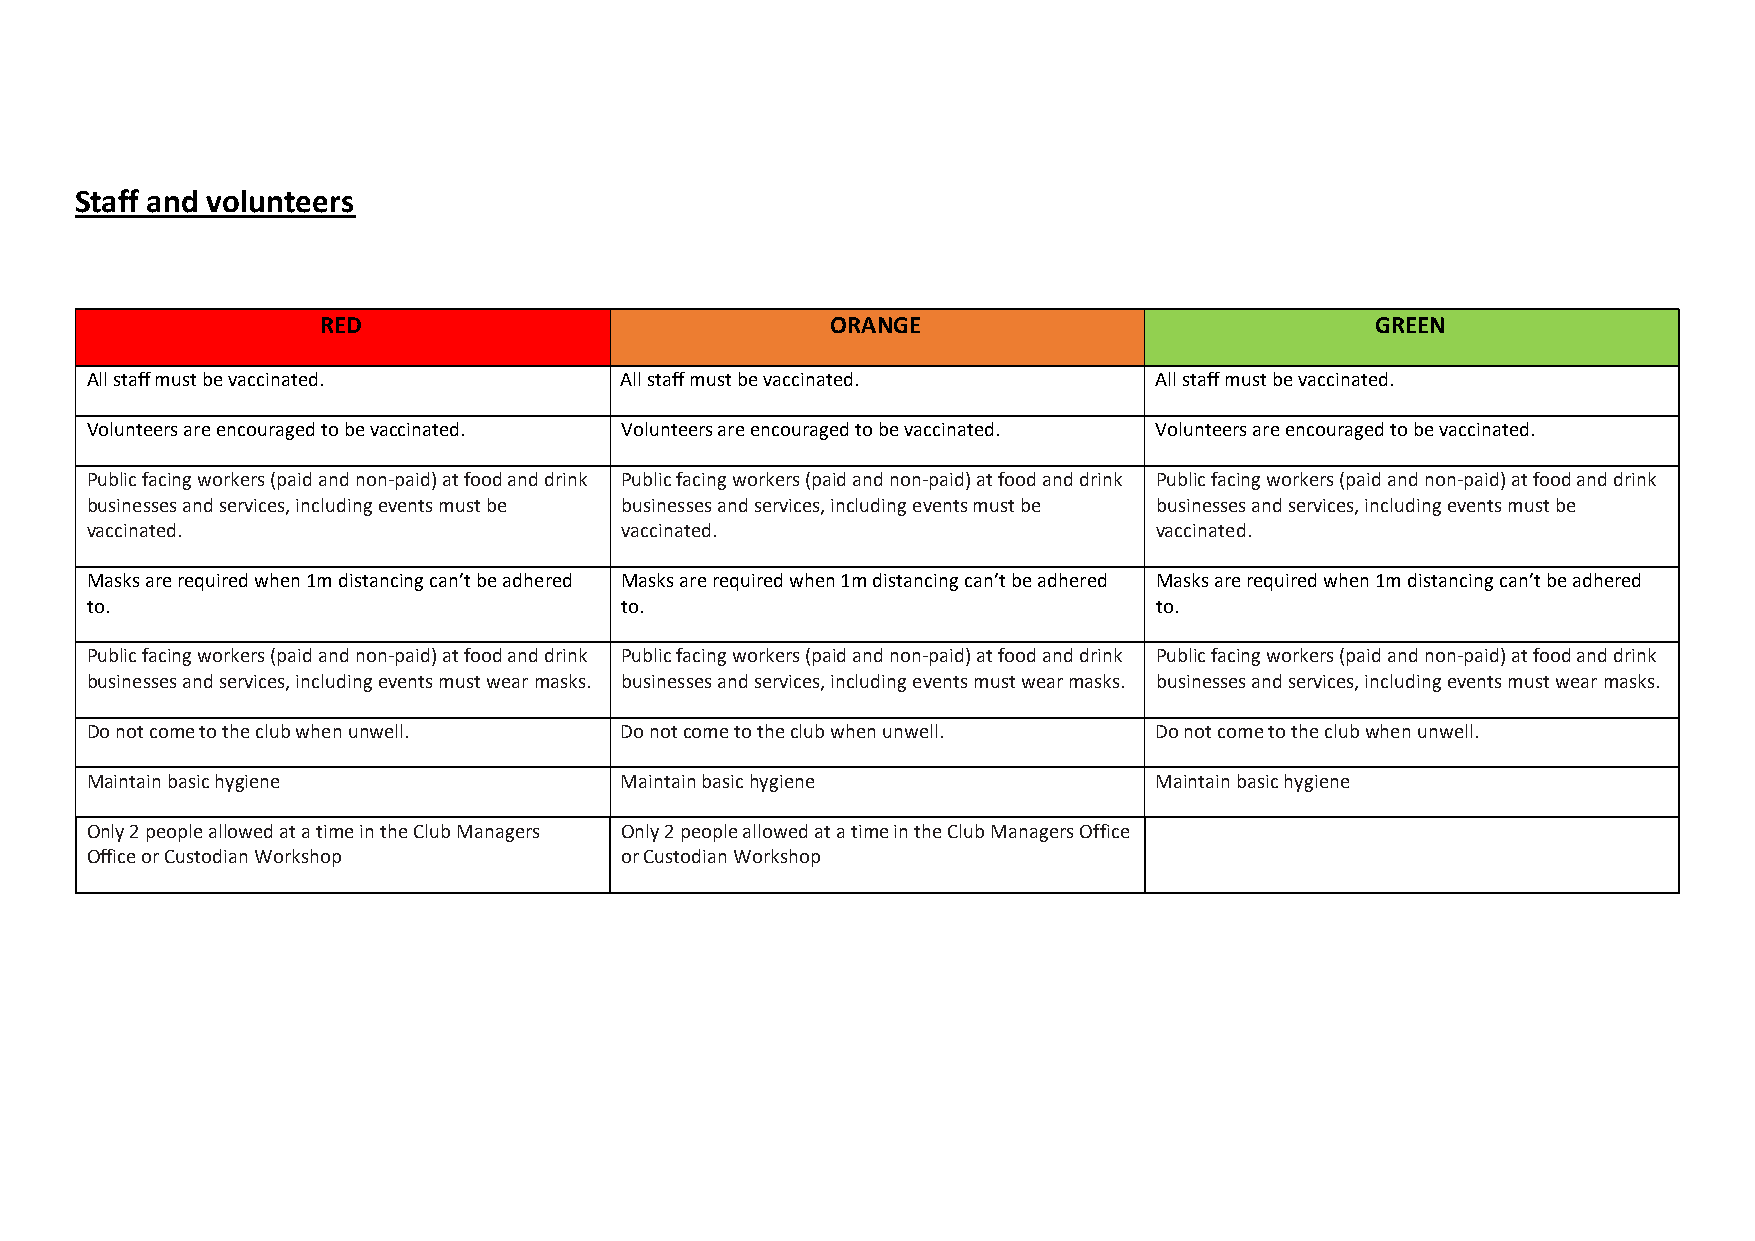
Staff and volunteers
 RED                               ORANGE                              GREEN
 All staff must be vaccinated.      All staff must be vaccinated.      All staff must be vaccinated.
 Volunteers are encouraged to be vaccinated. Volunteers are encouraged to be vaccinated. Volunteers are encouraged to be vaccinated.
 Public facing workers (paid and non-paid) at food and drink Public facing workers (paid and non-paid) at food and drink Public facing workers (paid and non-paid) at food and drink
 businesses and services, including events must be businesses and services, including events must be businesses and services, including events must be
 vaccinated.                        vaccinated.                        vaccinated.
 Masks are required when 1m distancing can’t be adhered Masks are required when 1m distancing can’t be adhered Masks are required when 1m distancing can’t be adhered
 to.                                to.                                to.
 Public facing workers (paid and non-paid) at food and drink Public facing workers (paid and non-paid) at food and drink Public facing workers (paid and non-paid) at food and drink
 businesses and services, including events must wear masks. businesses and services, including events must wear masks. businesses and services, including events must wear masks.
 Do not come to the club when unwell. Do not come to the club when unwell. Do not come to the club when unwell.
 Maintain basic hygiene             Maintain basic hygiene             Maintain basic hygiene
 Only 2 people allowed at a time in the Club Managers Only 2 people allowed at a time in the Club Managers Office
 Office or Custodian Workshop       or Custodian Workshop